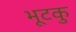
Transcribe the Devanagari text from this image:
भूटकु